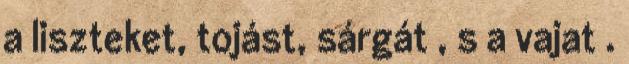
a liszteket, tojást, sárgát , s a vajat .